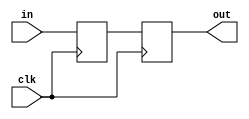
`timescale 1ns / 1ps
//////////////////////////////////////////////////////////////////////////////////
// Company: 
// Engineer: 
// 
// Design Name: 
// Module Name: Synchronizer
// Project Name: 
// Target Devices: 
// Tool Versions: 
// Description: 
// 
// Dependencies: 
// 
// Revision:
// Revision 0.01 - File Created
// Additional Comments:
// 
//////////////////////////////////////////////////////////////////////////////////


module Synchronizer( input clk , in , output reg out);
reg META;
always @(posedge clk)begin
META<=in;
out<=META;
end
endmodule